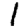
Digit: 1